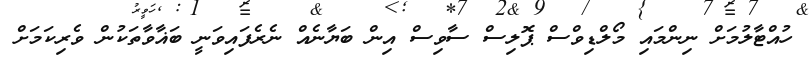
ހުއްޓާލުމަށް ނިންމައި މޯލްޑިވްސް ޕޮލިސް ސާވިސް އިން ބަޔާނެއް ނެރެފައިވަނީ ބަޣާވާތަކުން ވެރިކަމަށް